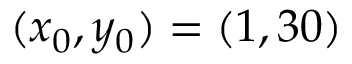
( x _ { 0 } , y _ { 0 } ) = ( 1 , 3 0 )